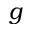
g